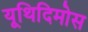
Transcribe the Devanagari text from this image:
यूथिदिमोस